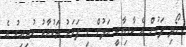
ހޯދި ފަހުން އެ ކާމިޔާބީ އަލުން މި ފަހަރު ތަކުރާރު ކުރިއިރު އެ